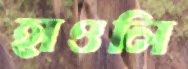
হাওলি